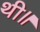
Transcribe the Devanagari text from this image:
थी॥